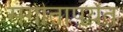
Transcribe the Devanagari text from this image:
संगीतापर्यंत